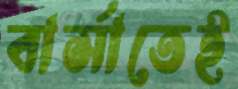
বার্সাতেই